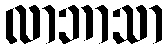
လာဘာသာ